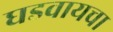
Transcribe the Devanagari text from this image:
घडवायचा